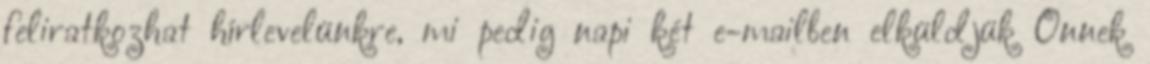
feliratkozhat hírlevelünkre, mi pedig napi két e-mailben elküldjük Önnek